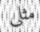
مثلى